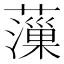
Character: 薻